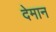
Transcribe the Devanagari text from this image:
देमान